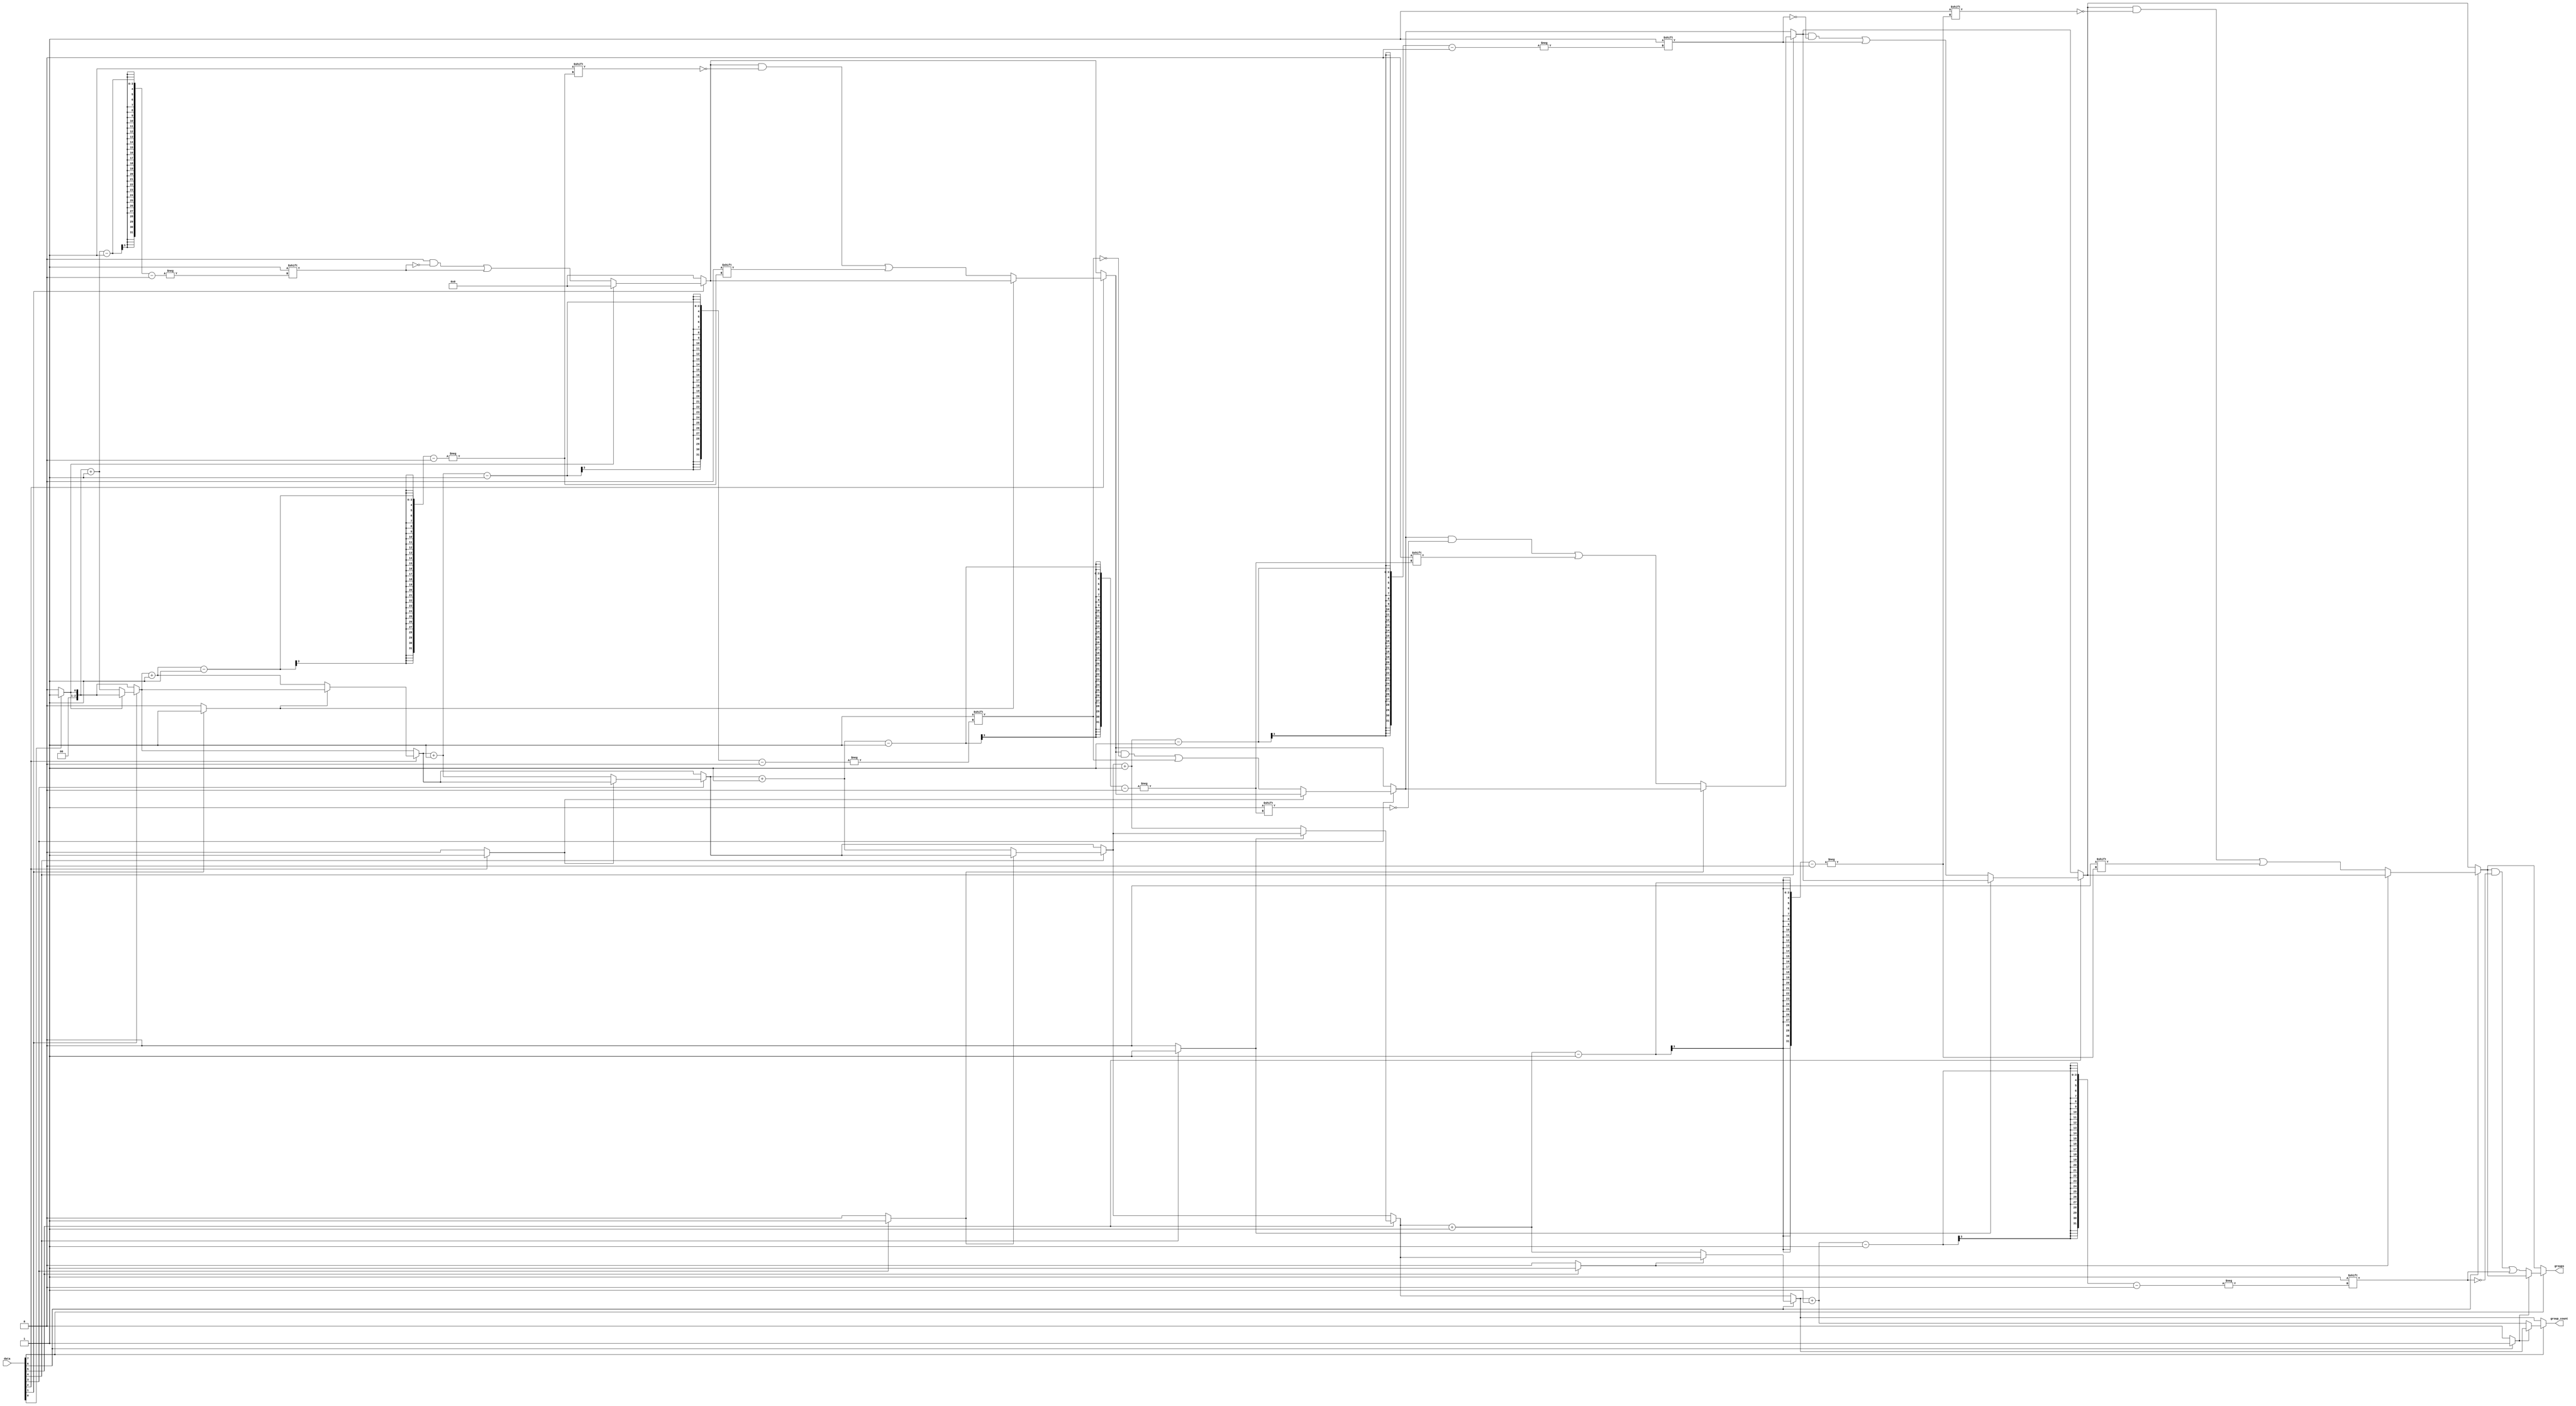
module GroupingOfOnes #(
    parameter N = 8, // Width of the input signal
    parameter M = 4  // Maximum number of groups (adjust as needed)
)(
    input  [N-1:0] data,
    output reg [M-1:0] groups,
    output reg [$clog2(M):0] group_count
);

    integer i;
    reg in_group; // State to track if we are in a group of '1's

    always @(*) begin
        // Initialize outputs
        groups = 0;
        group_count = 0;
        in_group = 0;

        // Scan through the input data
        for (i = 0; i < N; i = i + 1) begin
            if (data[i] == 1'b1) begin
                if (!in_group) begin
                    // Start of a new group
                    in_group = 1;
                    group_count = group_count + 1;
                    groups[group_count - 1] = i; // Store the starting index of the group
                end
            end else begin
                // End of a group
                in_group = 0;
            end
        end

        // If no groups were found, group_count will remain 0
    end

endmodule